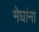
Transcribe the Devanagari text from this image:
मेघांना